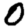
Digit: 0